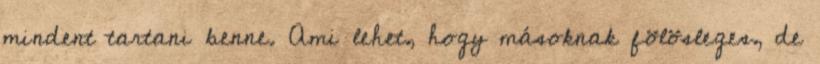
mindent tartani benne. Ami lehet, hogy másoknak fölösleges, de